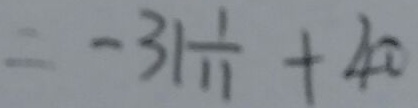
= - 3 1 \frac { 1 } { 1 1 } + 4 0